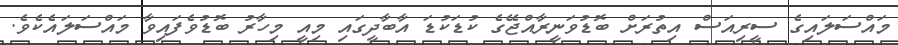
މައްސަލައިގެ ސީރިއަސް އިތުރަށް ބޮޑުވަނީރާއްޖޭގެ ކުޑަކުޑަ އާބާދީގައި މިއީ މިހާރު ބޮޑުވެފައިވާ މައްސަލައެކެވެ.